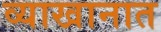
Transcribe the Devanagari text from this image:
व्याखानात